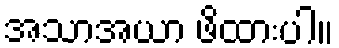
အသာအယာ ဖိထားပါ။